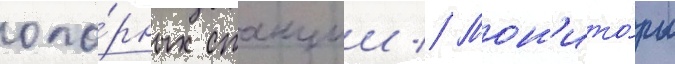
опо́рных станции // Мон'ито́ры